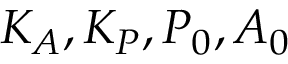
K _ { A } , K _ { P } , P _ { 0 } , A _ { 0 }